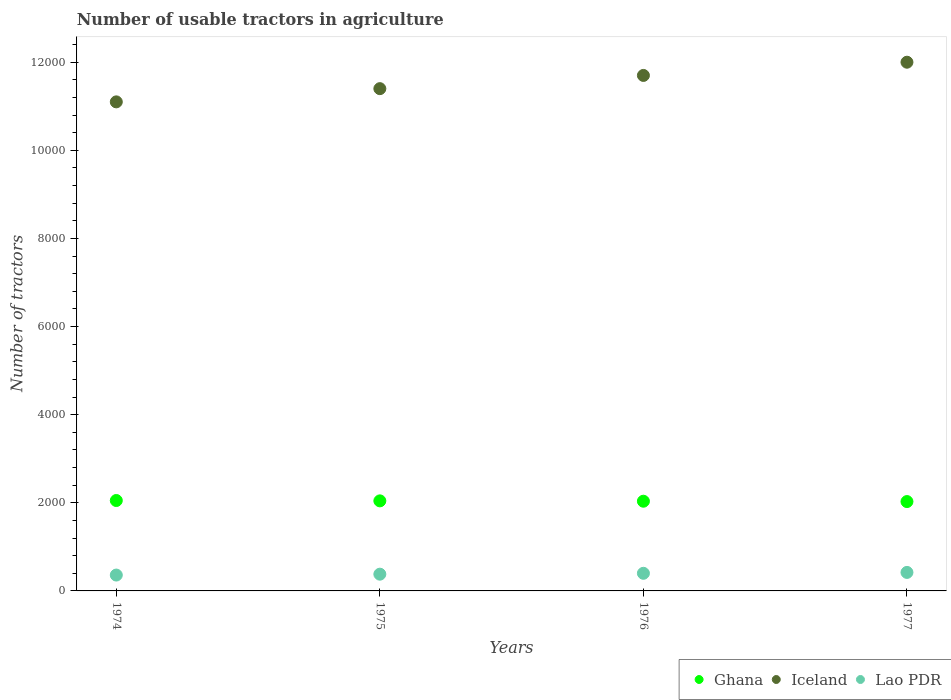
| Years | Ghana | Iceland | Lao PDR |
 | --- | --- | --- | --- |
 | 1974 | 2.05e+03 | 1.11e+04 | 360 |
 | 1975 | 2.04e+03 | 1.14e+04 | 380 |
 | 1976 | 2.04e+03 | 1.17e+04 | 400 |
 | 1977 | 2.03e+03 | 1.2e+04 | 420 |